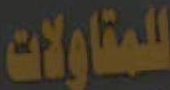
للمقاولات